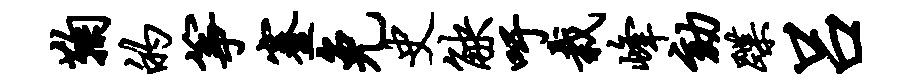
鞠的筝蹇免史觖吁栽峰劾蹀吕